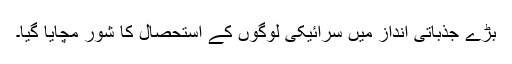
بڑے جذباتی انداز میں سرائیکی لوگوں کے استحصال کا شور مچایا گیا۔